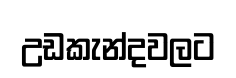
උඩකැන්දවලට